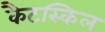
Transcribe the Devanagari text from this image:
कैटस्किल